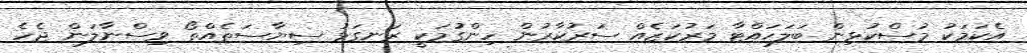
އެކަމަކު މުސްކުޅިން ބަލަހައްޓާ މަރުކަޒެއް ސަރުކާރުން ހިންގުމަކީ ރަނގަޅު ސިޔާސަތެއްތޯ ވިސްނާލަން ޖެހެ